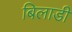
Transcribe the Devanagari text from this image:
बिलाडी